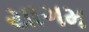
યાગમ